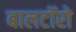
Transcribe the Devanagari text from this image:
बालटॉरो